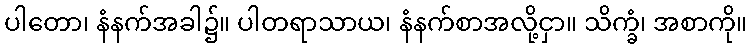
ပါတော၊ နံနက်အခါ၌။ ပါတရာသာယ၊ နံနက်စာအလို့ငှာ။ သိက္ခံ၊ အစာကို။